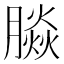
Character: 𰯚